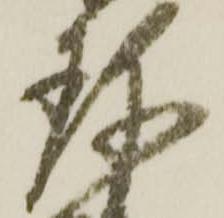
珎